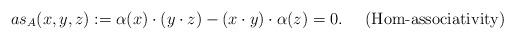
LaTeX: \begin{align*} as_{A}(x,y,z):=\alpha(x)\cdot(y\cdot z)-(x\cdot y)\cdot\alpha(z)=0. && \mbox{(Hom-associativity)}\end{align*}